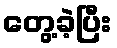
တွေ့ခဲ့ပြီး